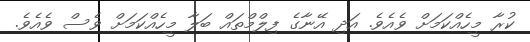
ކުރާ މީހެއްްކަމަށް ވެއެވެ. އަދި އޭނާގެ ފިލްމްތައް ބަލާ މީހެއްކަމަށް ވެސް ވެއެވެ.